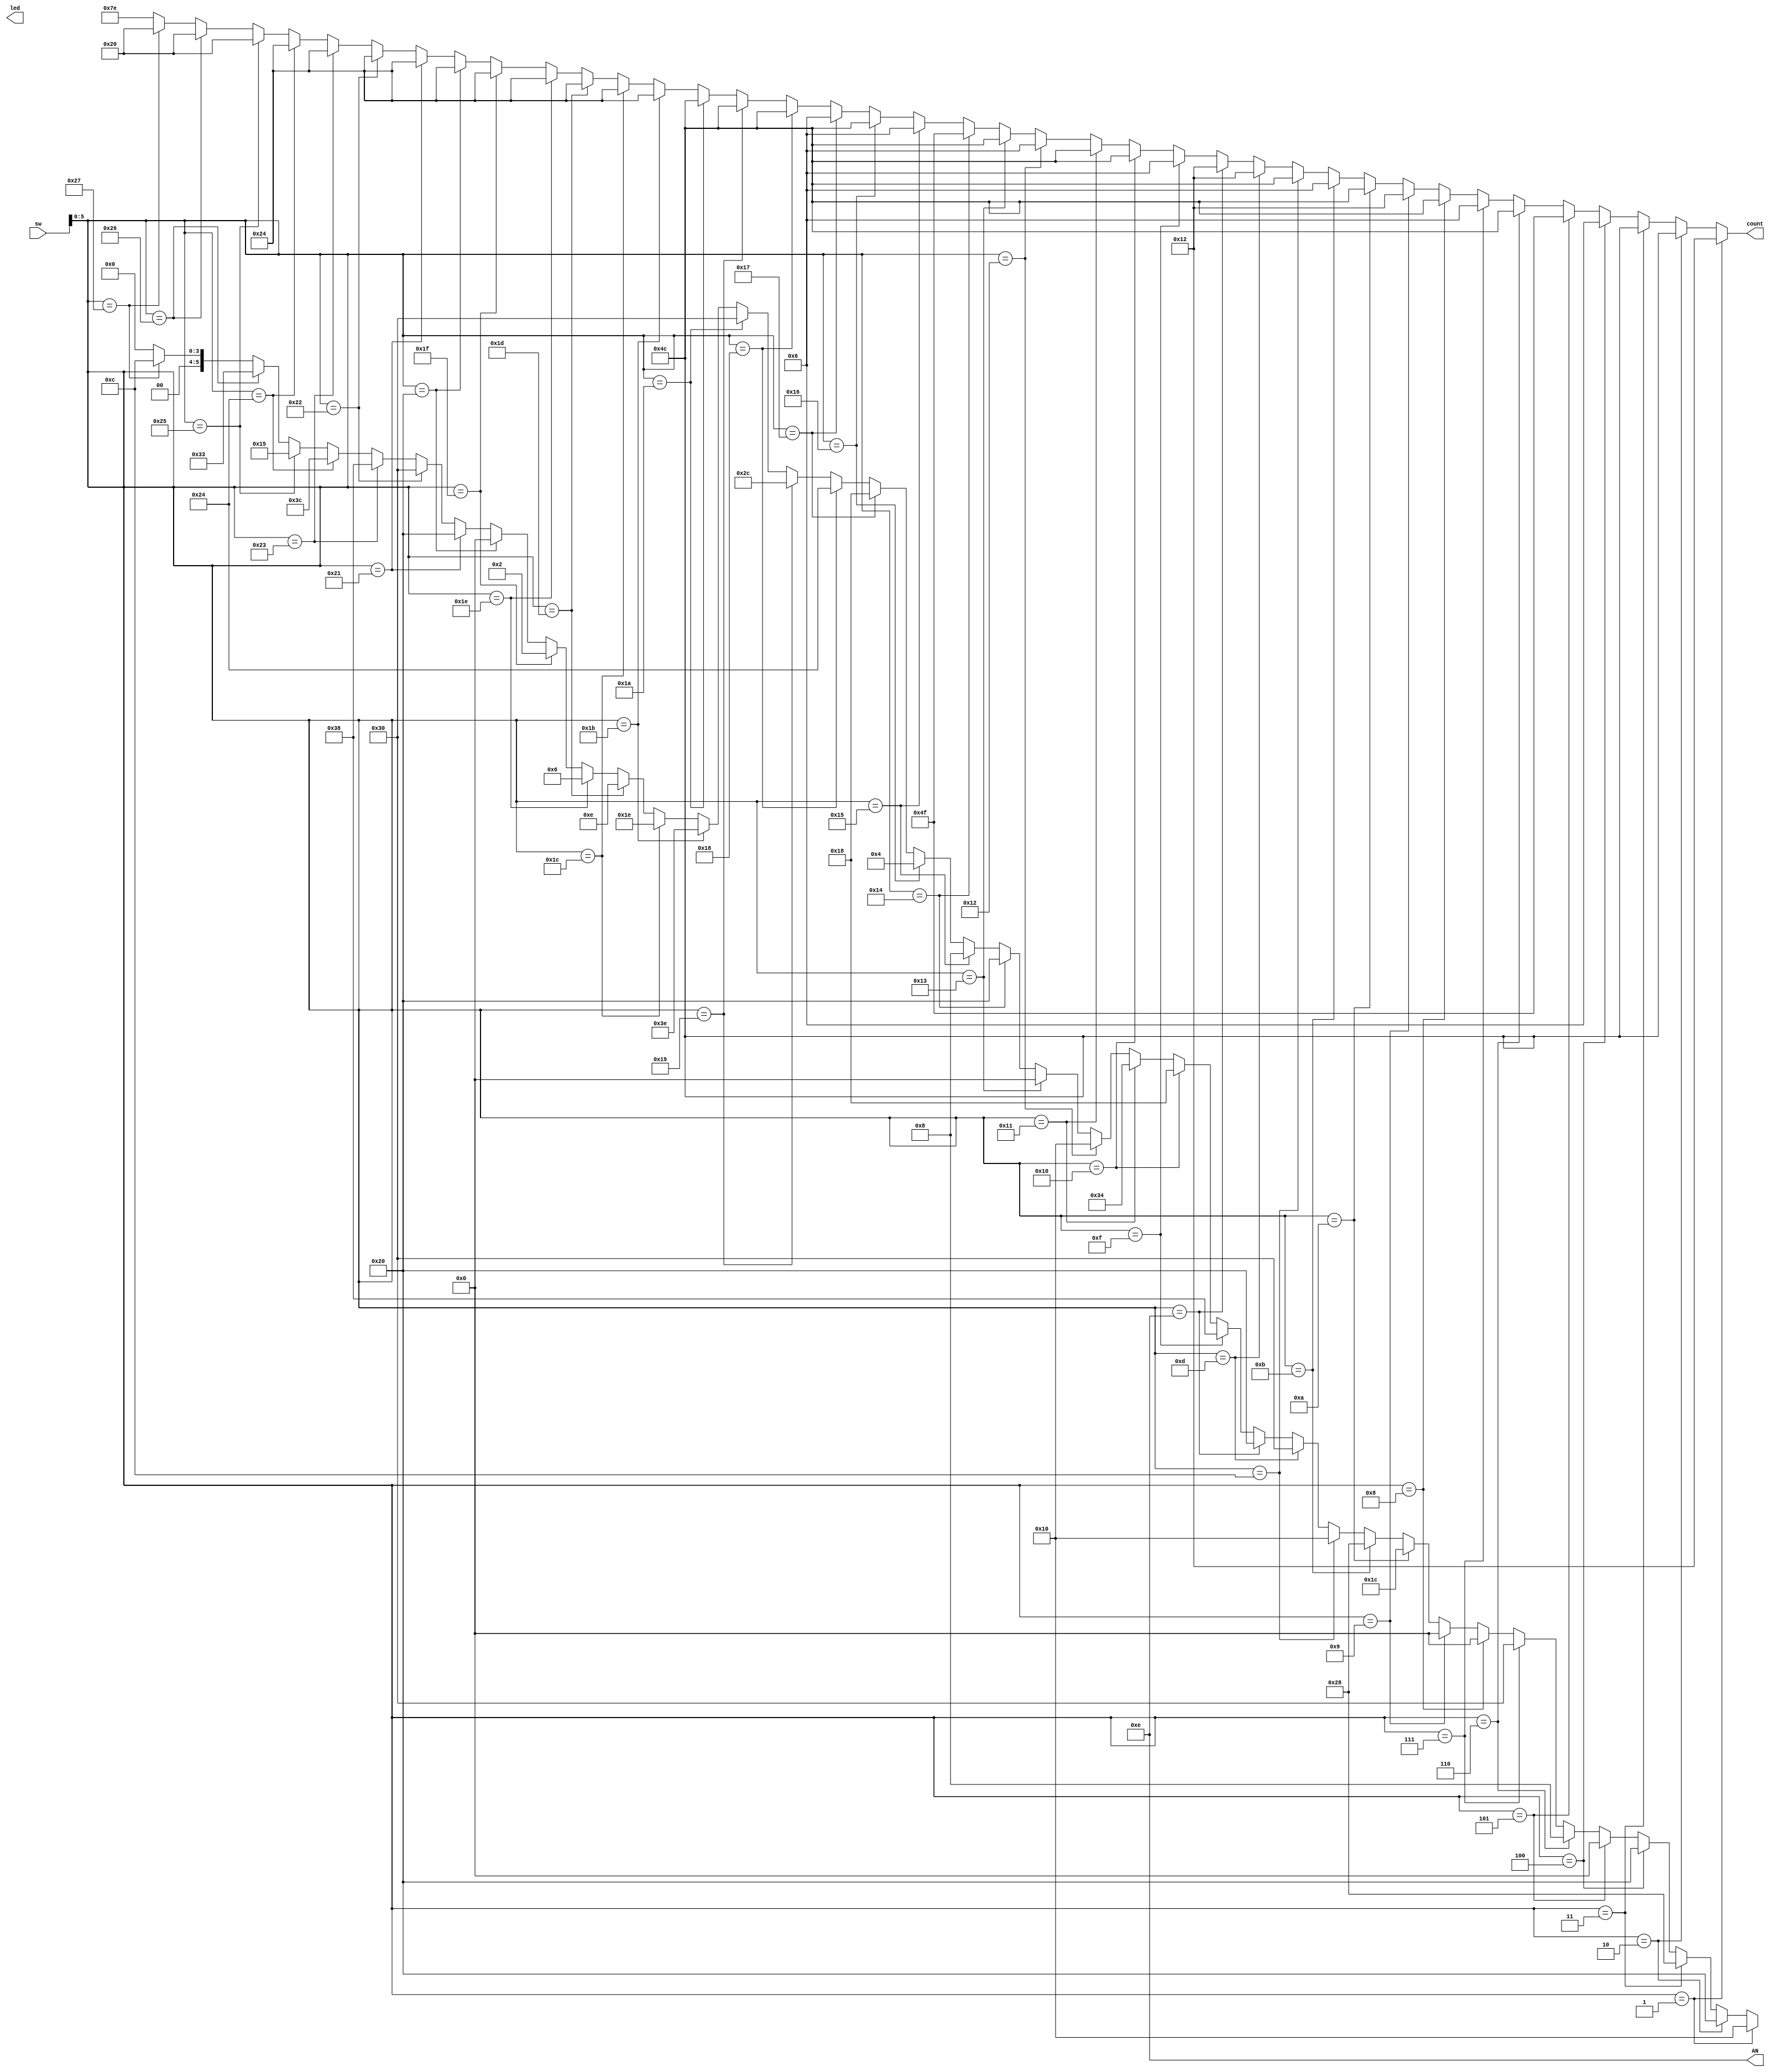
module morse_encoder(
input [15:0] sw,
output reg [6:0] count,
output reg [15:0] led,
output [3:0] AN
    );
    assign AN=4'b1110;
    always@(*)
    begin
        if(sw[5:0]==1'd1)               //A
        begin
            count=7'b0010010; 
            led[15:10]=6'b010000;       //.-      
        end
        else if(sw[5:0]==2'd2)          //B
        begin
            count=7'b1001100; 
            led[15:10]=6'b100000;       //-...
        end
        else if(sw[5:0]==2'd3)          //C
        begin
            count=7'b1001100; 
            led[15:10]=6'b101000;       //-.-.
        end
        else if(sw[5:0]==3'd4)          //D
        begin
            count=7'b0000110; 
            led[15:10]=6'b100000;       //-..
        end
        else if(sw[5:0]==3'd5)          //E
        begin
            count=7'b1001111;           
            led[15:10]=6'b000000;       //.     
        end
        else if(sw[5:0]==3'd6)          //F
        begin
            count=7'b1001100;           
            led[15:10]=6'b001000;       //..-.     
        end
        else if(sw[5:0]==3'd7)          //G
        begin
            count=7'b0000110;           
            led[15:10]=6'b110000;       //--.     
        end
        else if(sw[5:0]==4'd8)          //H
        begin
            count=7'b1001100;           
            led[15:10]=6'b000000;       //....     
        end
        else if(sw[5:0]==4'd9)          //I
        begin
            count=7'b0010010;           
            led[15:10]=6'b000000;       //..     
        end
        else if(sw[5:0]==4'd10)          //J
        begin
            count=7'b1001100;           
            led[15:10]=6'b011100;       //.---     
        end
        else if(sw[5:0]==4'd11)          //K
        begin
            count=7'b0000110;           
            led[15:10]=6'b101000;       //-.-     
        end
        else if(sw[5:0]==4'd12)          //L
        begin
            count=7'b1001100;           
            led[15:10]=6'b010000;       //.-..     
        end
        else if(sw[5:0]==4'd13)          //M
        begin
            count=7'b0010010;           
            led[15:10]=6'b110000;       //--     
        end
        else if(sw[5:0]==4'd14)          //N
        begin
            count=7'b0010010;           
            led[15:10]=6'b100000;       //-.     
        end
        else if(sw[5:0]==4'd15)          //O
        begin
            count=7'b0000110;           
            led[15:10]=6'b111000;       //---     
        end
        else if(sw[5:0]==5'd16)          //P
        begin
            count=7'b1001100;           
            led[15:10]=6'b011000;       //.--.     
        end
        else if(sw[5:0]==5'd17)          //Q
        begin
            count=7'b1001100;           
            led[15:10]=6'b110100;       //--.-     
        end
        else if(sw[5:0]==5'd18)          //R
        begin
            count=7'b0000110;           
            led[15:10]=6'b010000;       //.-.     
        end
        else if(sw[5:0]==5'd19)          //S
        begin
            count=7'b1001100;           
            led[15:10]=6'b000000;       //...     
        end
        else if(sw[5:0]==5'd20)          //T
        begin
            count=7'b1001111;           
            led[15:10]=6'b100000;       //-     
        end
        else if(sw[5:0]==5'd21)          //U
        begin
            count=7'b0000110;           
            led[15:10]=6'b001000;       //..-     
        end
        else if(sw[5:0]==5'd22)          //V
        begin
            count=7'b1001100;           
            led[15:10]=6'b000100;       //...-    
        end
        else if(sw[5:0]==5'd23)          //W
        begin
            count=7'b0000110;           
            led[15:10]=6'b011000;       //.--    
        end
        else if(sw[5:0]==5'd24)          //X
        begin
            count=7'b1001100;           
            led[15:10]=6'b100100;       //-..-    
        end
        else if(sw[5:0]==5'd25)          //Y
        begin
            count=7'b1001100;           
            led[15:10]=6'b101100;       //-.--    
        end
        else if(sw[5:0]==5'd26)          //Z
        begin
            count=7'b1001100;           
            led[15:10]=6'b110000;       //--..    
        end
        else if(sw[5:0]==5'd27)          //0
        begin
            count=7'b0100100;           
            led[15:10]=6'b111110;       //-----    
        end
        else if(sw[5:0]==5'd28)          //1
        begin
            count=7'b0100100;           
            led[15:10]=6'b011110;       //.----    
        end
        else if(sw[5:0]==5'd29)          //2
        begin
            count=7'b0100100;           
            led[15:10]=6'b001110;       //..---    
        end
        else if(sw[5:0]==5'd30)          //3
        begin
            count=7'b0100100;           
            led[15:10]=6'b000110;       //...--    
        end
        else if(sw[5:0]==5'd31)          //4
        begin
            count=7'b0100100;           
            led[15:10]=6'b000010;       //....-    
        end
        else if(sw[5:0]==6'd32)          //5
        begin
            count=7'b0100100;           
            led[15:10]=6'b000000;       //.....   
        end
        else if(sw[5:0]==6'd33)          //6
        begin
            count=7'b0100100;           
            led[15:10]=6'b100000;       //-....    
        end
        else if(sw[5:0]==6'd34)          //7
        begin
            count=7'b0100100;           
            led[15:10]=6'b110000;       //--...    
        end
        else if(sw[5:0]==6'd35)          //8
        begin
            count=7'b0100100;           
            led[15:10]=6'b111000;       //---..    
        end
        else if(sw[5:0]==6'd36)          //9
        begin
            count=7'b0100100;           
            led[15:10]=6'b111100;       //----.    
        end
        else if(sw[5:0]==6'd37)          //.
        begin
            count=7'b0100000;           
            led[15:10]=6'b010101;       //.-.-.-    
        end
        else if(sw[5:0]==6'd38)          //,
        begin
            count=7'b0100000;           
            led[15:10]=6'b110011;       //--..--    
        end
        else if(sw[5:0]==6'd39)          //?
        begin
            count=7'b0100000;           
            led[15:10]=6'b001100;       //..--..    
        end
        else
        begin
            count=7'b1111110;
            led[15:10]=6'b000000;
        end
    end    
endmodule